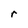
Character: r